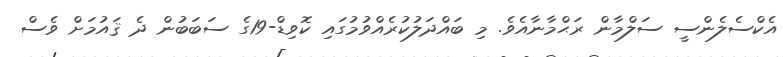
އެކްސެލެންސީ ސަލްމާން ރަޙްމާނާއެވެ. މި ބައްދަލުކުރެއްވުމުގައި ކޮވިޑް-19ގެ ސަބަބުން ދެ ޤައުމަށް ވެސް